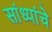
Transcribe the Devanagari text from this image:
सांध्यांचे